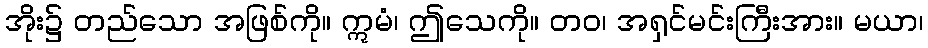
အိုး၌ တည်သော အဖြစ်ကို။ ဣမံ၊ ဤသေကို။ တဝ၊ အရှင်မင်းကြီးအား။ မယာ၊